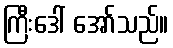
ကြီးဒေါ် အော်သည်။